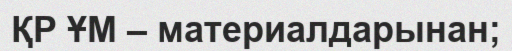
ҚР ҰМ – материалдарынан;